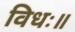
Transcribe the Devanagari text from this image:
विधः॥